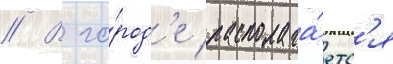
// В го́род'е располага́етс'я